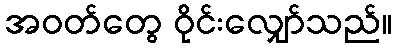
အဝတ်တွေ ဝိုင်းလျှော်သည်။